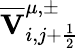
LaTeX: \overline{{\mathbf{V}}}_{i,j+\frac{1}{2}}^{\mu,\pm}